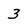
Character: 3